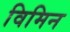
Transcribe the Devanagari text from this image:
विमिन